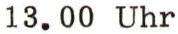
13.00 Uhr